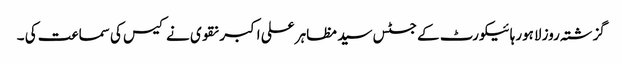
گزشتہ روز لاہورہائیکورٹ کے جسٹس سید مظاہر علی اکبر نقوی نے کیس کی سماعت کی ۔